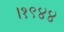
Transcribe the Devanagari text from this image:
।१९४४